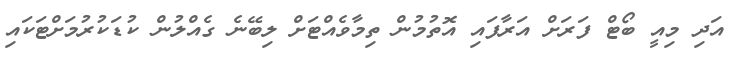
އަދި މިއީ ބޯޓް ފަރަށް އަރާފައި އޮތުމުން ތިމާވެއްޓަށް ލިބޭނެ ގެއްލުން ކުޑަކުރުމަށްޓަކައި